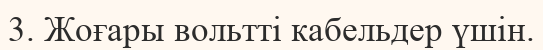
3. Жоғары вольтті кабельдер үшін.